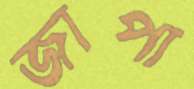
জাপা